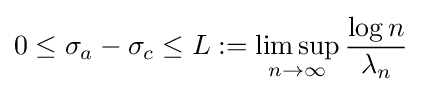
0\leq \sigma _{a}-\sigma _{c}\leq L:=\limsup _{n\to \infty }{\frac {\log n}{\lambda _{n}}}